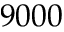
9 0 0 0